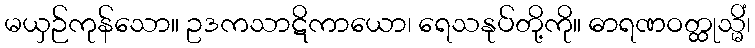
မယှဉ်ကုန်သော။ ဥဒကသာဋိကာယော၊ ရေသနုပ်တို့ကို။ ဓာရဏဝတ္ထုသ္မိံ၊